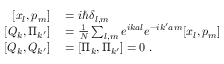
\begin{array} { r l } { \left[ x _ { l } , p _ { m } \right] } & { { } = i \hbar \delta _ { l , m } } \\ { \left[ Q _ { k } , \Pi _ { k ^ { \prime } } \right] } & { { } = { \frac { 1 } { N } } \sum _ { l , m } e ^ { i k a l } e ^ { - i k ^ { \prime } a m } [ x _ { l } , p _ { m } ] } \\ { \left[ Q _ { k } , Q _ { k ^ { \prime } } \right] } & { { } = \left[ \Pi _ { k } , \Pi _ { k ^ { \prime } } \right] = 0 ~ . } \end{array}